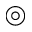
\circledcirc